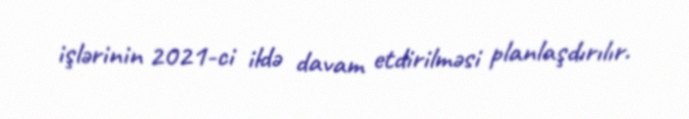
işlərinin 2021-ci ildə davam etdirilməsi planlaşdırılır.